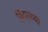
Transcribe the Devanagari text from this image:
हिंदनच्या